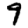
Digit: 9